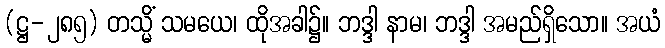
(ဋ္ဌ-၂၈၅) တသ္မိံ သမယေ၊ ထိုအခါ၌။ ဘဒ္ဒါ နာမ၊ ဘဒ္ဒါ အမည်ရှိသော။ အယံ